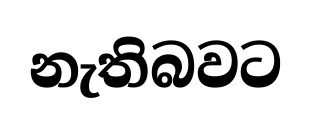
නැතිබවට